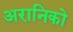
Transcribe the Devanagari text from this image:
अरानिको